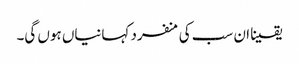
یقینا ان سب کی منفرد کہانیاں ہوں گی۔